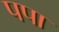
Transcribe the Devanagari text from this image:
पपा